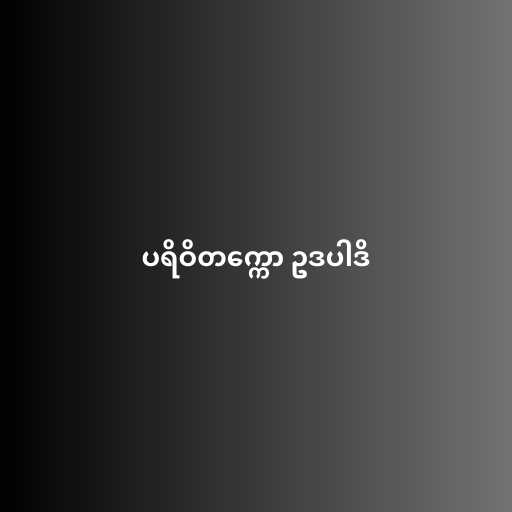
ပရိဝိတက္ကော ဥဒပါဒိ